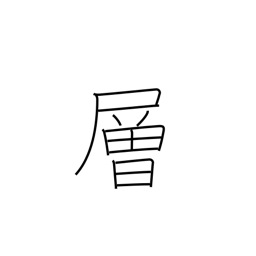
Meaning: story